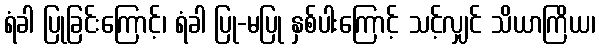
ရံခါ ပြုခြင်းကြောင့်၊ ရံခါ ပြု-မပြု နှစ်ပါးကြောင့် သင့်လျှင် သိယာကြိယ၊